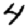
Digit: 4